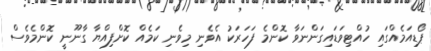
ޕޯޑިއަމެއްގައި ހުއްޓިވަޑައިގަންނަވާ ކޮންމެ ފަހަރަކު އެވެނި މިވެނި ކަމެއް ކޮށްފިއްޔާ ގާނޫނީ ކޮންމެެވެސް